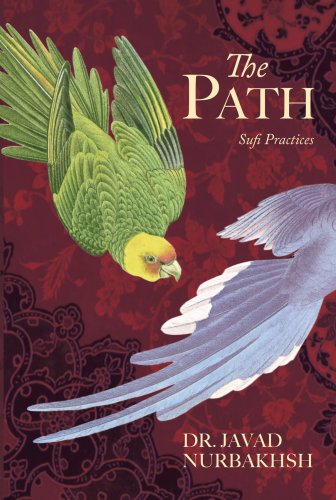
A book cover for The Path: Sufi Practices; Dr. Javad Nurbakhsh; Religion & Spirituality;